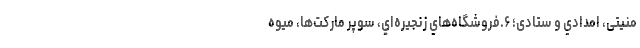
منیتی، امدادي و ستادی؛ ۶.فروشگاه‌هاي زنجیره‌اي، سوپر مارکت‌ها، میوه